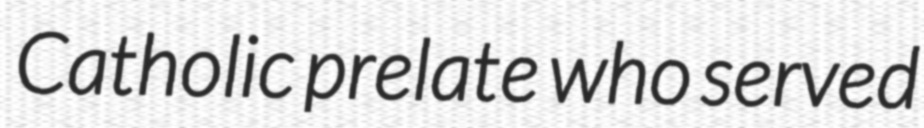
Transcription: Catholic prelate who served